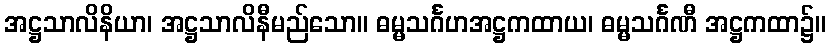
အဋ္ဌသာလိနိယာ၊ အဋ္ဌသာလိနီမည်သော။ ဓမ္မသင်္ဂဟအဋ္ဌကထာယ၊ ဓမ္မသင်္ဂဏီ အဋ္ဌကထာ၌။